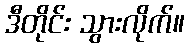
ဒီတိုင်း သွားလိုက်။